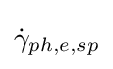
{\dot {\gamma }}_{ph,e,sp}